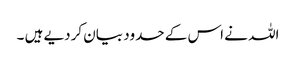
اللہ نے اس کے حدود بیان کردیے ہیں ۔